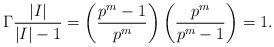
LaTeX: \begin{align*}\Gamma\dfrac{|I|}{|I|-1} = \left(\dfrac{p^m-1}{p^m}\right) \left(\dfrac{p^m}{p^m-1}\right)=1.\end{align*}